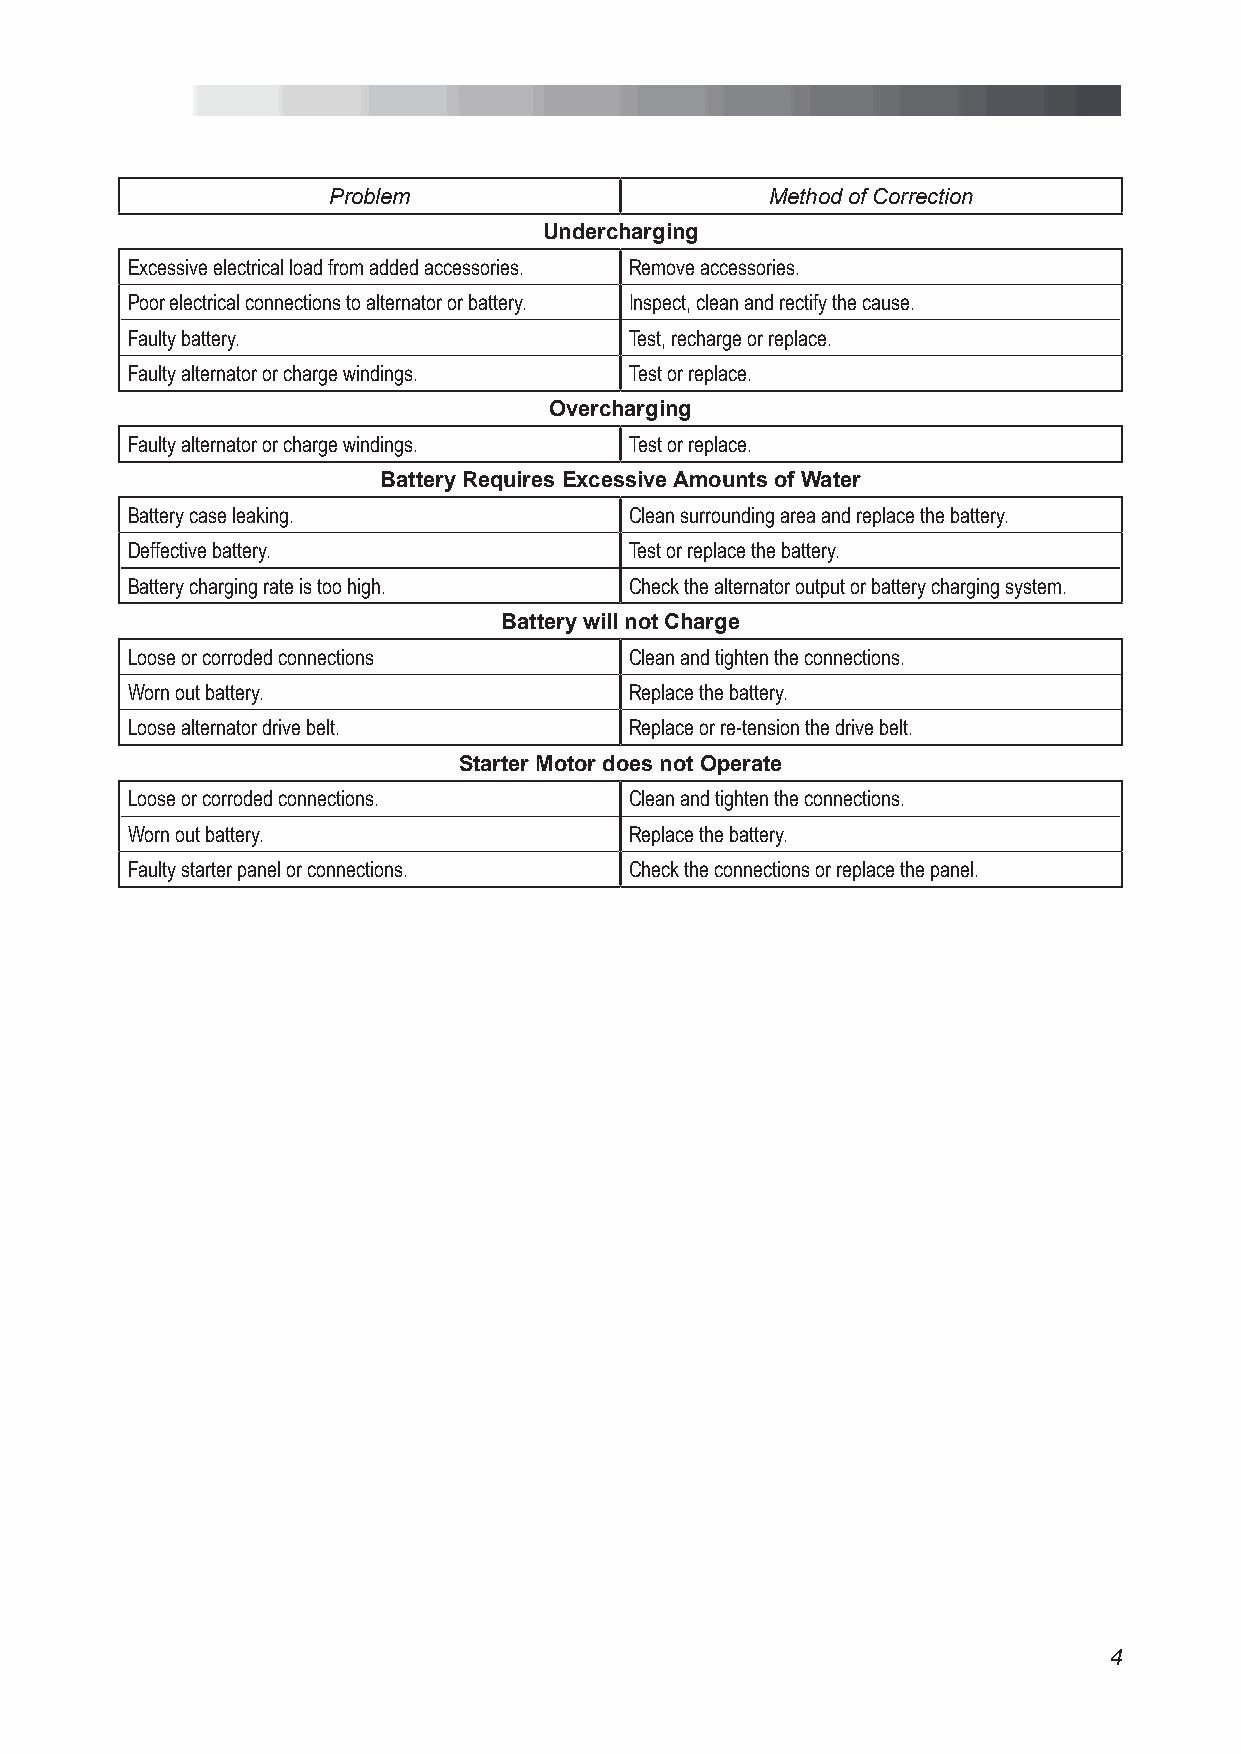
Problem                      Method of Correction
 undercharging
 Excessive electrical load from added accessories. Remove accessories.
 Poor electrical connections to alternator or battery. Inspect, clean and rectify the cause.
 Faulty battery.                   Test, recharge or replace.
 Faulty alternator or charge windings. Test or replace.
 overcharging
 Faulty alternator or charge windings. Test or replace.
 Battery requires excessive amounts of water
 Battery case leaking.             Clean surrounding area and replace the battery.
 Deffective battery.               Test or replace the battery.
 Battery charging rate is too high. Check the alternator output or battery charging system.
 Battery will not Charge
 Loose or corroded connections     Clean and tighten the connections.
 Worn out battery.                 Replace the battery.
 Loose alternator drive belt.      Replace or re-tension the drive belt.
 starter motor does not operate
 Loose or corroded connections.    Clean and tighten the connections.
 Worn out battery.                 Replace the battery.
 Faulty starter panel or connections. Check the connections or replace the panel.
 4